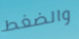
والضغط